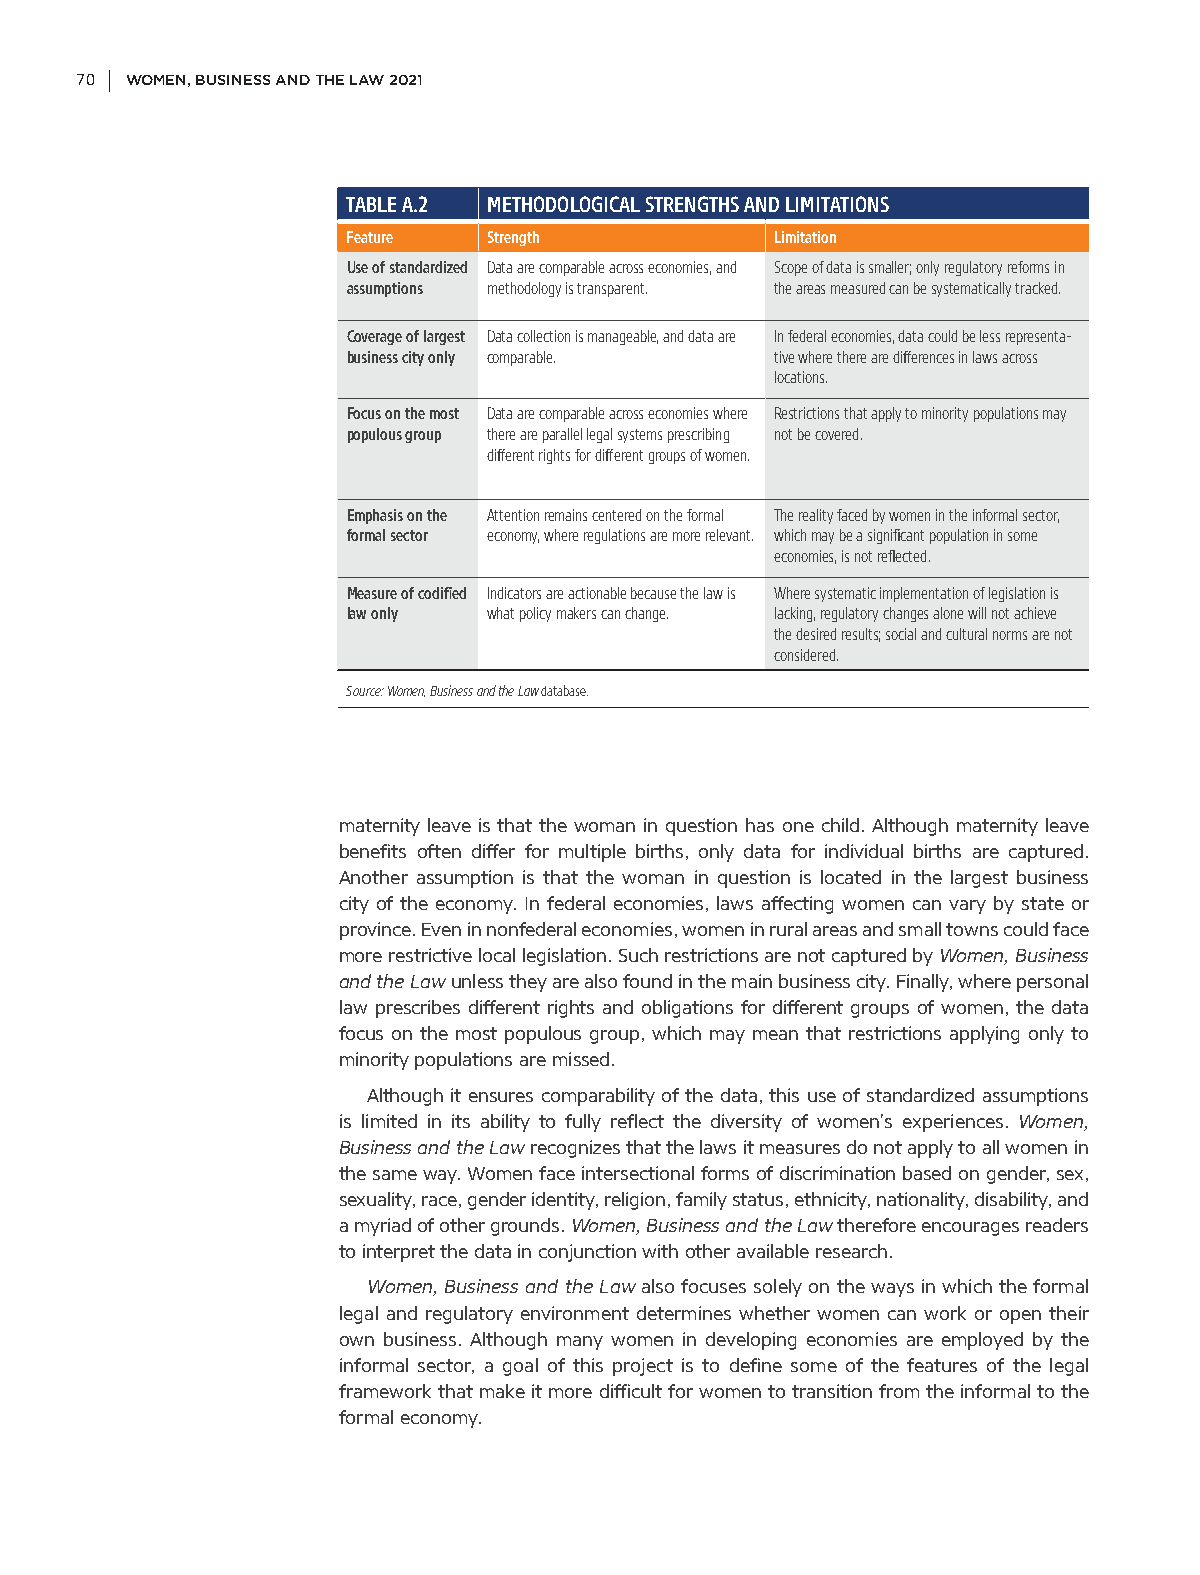
70 WOMEN, BUSINESS AND THE LAW 2021
 TABLE A.2 METHODOLOGICAL STRENGTHS AND LIMITATIONS
 Feature  Strength           Limitation
 Use of standardized Data are comparable across economies, and Scope of data is smaller; only regulatory reforms in
 assumptions methodology is transparent. the areas measured can be systematically tracked.
 Coverage of largest Data collection is manageable, and data are In federal economies, data could be less representa-
 business city only comparable. tive where there are differences in laws across
 locations.
 Focus on the most Data are comparable across economies where Restrictions that apply to minority populations may
 populous group there are parallel legal systems prescribing not be covered.
 different rights for different groups of women.
 Emphasis on the Attention remains centered on the formal The reality faced by women in the informal sector,
 formal sector economy, where regulations are more relevant. which may be a significant population in some
 economies, is not reflected.
 Measure of codified Indicators are actionable because the law is Where systematic implementation of legislation is
 law only what policy makers can change. lacking, regulatory changes alone will not achieve
 the desired results; social and cultural norms are not
 considered.
 Source: Women, Business and the Law database.
 maternity leave is that the woman in question has one child. Although maternity leave
 benefits often differ for multiple births, only data for individual births are captured.
 Another assumption is that the woman in question is located in the largest business
 city of the economy. In federal economies, laws affecting women can vary by state or
 province. Even in nonfederal economies, women in rural areas and small towns could face
 more restrictive local legislation. Such restrictions are not captured by Women, Business
 and the Law unless they are also found in the main business city. Finally, where personal
 law prescribes different rights and obligations for different groups of women, the data
 focus on the most populous group, which may mean that restrictions applying only to
 minority populations are missed.
 Although it ensures comparability of the data, this use of standardized assumptions
 is limited in its ability to fully reflect the diversity of women’s experiences. Women,
 Business and the Law recognizes that the laws it measures do not apply to all women in
 the same way. Women face intersectional forms of discrimination based on gender, sex,
 sexuality, race, gender identity, religion, family status, ethnicity, nationality, disability, and
 a myriad of other grounds. Women, Business and the Law therefore encourages readers
 to interpret the data in conjunction with other available research.
 Women, Business and the Law also focuses solely on the ways in which the formal
 legal and regulatory environment determines whether women can work or open their
 own business. Although many women in developing economies are employed by the
 informal sector, a goal of this project is to define some of the features of the legal
 framework that make it more difficult for women to transition from the informal to the
 formal economy.